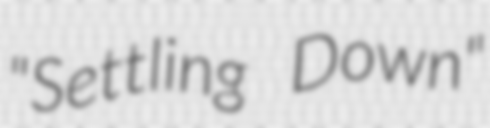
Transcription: "Settling Down"